Report of the Bombay Plague Committee
Disease focus: Plague
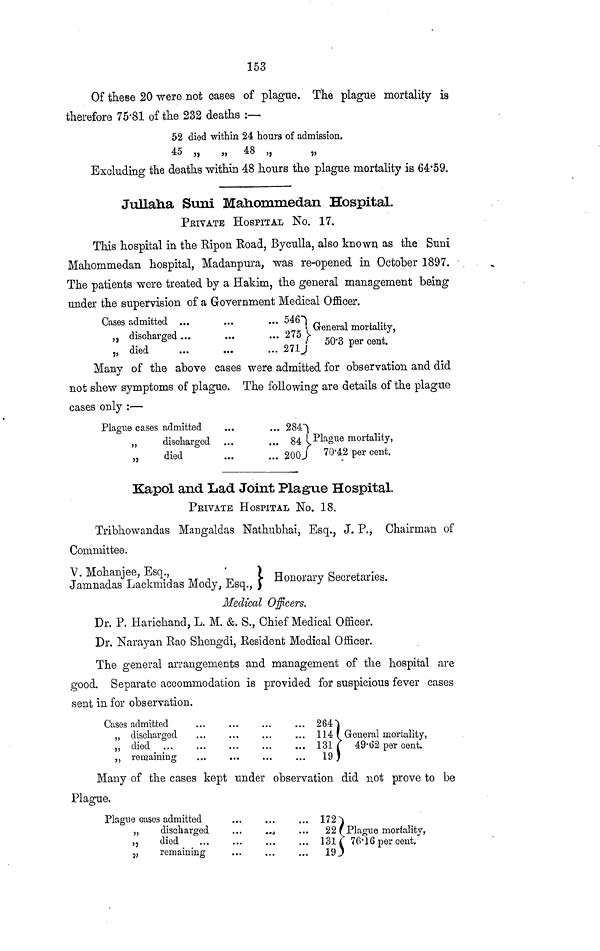
153
Of these 20 were not oases of plague. The plague mortality ia
therefore 75-81 of the 232 deaths :—
52 died within 24 hours of admission.
45 „ „ 48
„
„
Excluding the deaths within 48 hours the plague mortality is 64'59.
Juliana Suni Mahommedan Hospital.
PRIVATE HOSPITAL No. 17.
This hospital in the Ripon Road, Byculla, also known as the Suni
Mahommedan hospital, Madanpura, was re-opened in October 1897.
The patients were treated by a Hakim, the general management being
under the supervision of a Government Medical Officer.
Cases admitted
„ „
„
discharged Gj
died
...
...
...
...
• ••
...(
546
275
271
y-«j
-i
i i • ,
General mortality,
50·3 per cent.
Many 01 the above cases were admitted for observation and did
not shew symptoms of plague. The following are details of the plague
cases only :—
Plague casi
„
„
es admitted
discharged
died
...
...
...
... 284
... 84
... 200
Plague mortality,
70·42 per cent.
Kapol and Lad Joint Plague Hospital.
PRIVATE HOSPITAL No. 18.
Tribhowandas Mangaldas Nathubhai, Esq., J, P., Chairman of
Committee.
V. Mohaniee. Esq..
Jamnadas Lackmidas Mody, Esq., Honorary Secretaries.
Medical Officers.
Dr. P. Harichancl, L. M. &. S., Chief Medical Officer.
Dr. Narayan Rao Shengdi, Resident Medical Officer.
The general arrangements and management of the hospital are
good. Separate accommodation is provided for suspicious fever cases
sent in for observation.
Cases admitted
„
J5
?J
discharged
died
remaining
264
114
131
General mortality,
49·62 per cent.
Many of the cases kept under observation did not prove to be
Plague,
Plague cases admitted
„
„
„
discharged
died
remaining
...
...
...
...
...
...
...
...
172
22
131
19
Plague mortality,
76· 16 per cent.
J